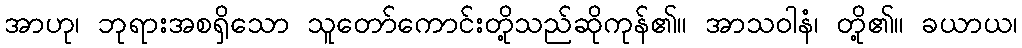
အာဟု၊ ဘုရားအစရှိသော သူတော်ကောင်းတို့သည်ဆိုကုန်၏။ အာသဝါနံ၊ တို့၏။ ခယာယ၊